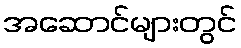
အဆောင်များတွင်